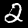
Digit: 2